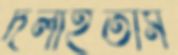
দলাইতাম